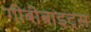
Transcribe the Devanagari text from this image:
गीबीबाइट्स